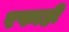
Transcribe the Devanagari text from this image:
रफाही